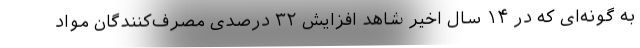
به گونه‌ای که در ۱۴ سال اخیر شاهد افزایش ۳۲ درصدی مصرف‌کنندگان مواد